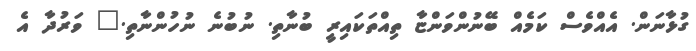
ގުޅާނަން. އެއްވެސް ކަމެއް ބޭނުންވަންޏާ ތިއްތަކައިރީ ބުނާތި. ނުބުނެ ނުހުންނާތި." ވަރުދާ އެ